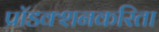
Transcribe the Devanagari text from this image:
प्रॉडक्शनकरिता